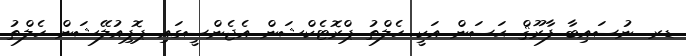
ޑރ. ނުސައިބާ ފާރޫޤް ޙަސަން އަކީ ހެލްތު ޕްރޮޓެކްޝަން އެޖެންސީގައި ޕޮޕިއުލޭޝަން ހެލްތު